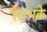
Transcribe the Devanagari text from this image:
लाभके